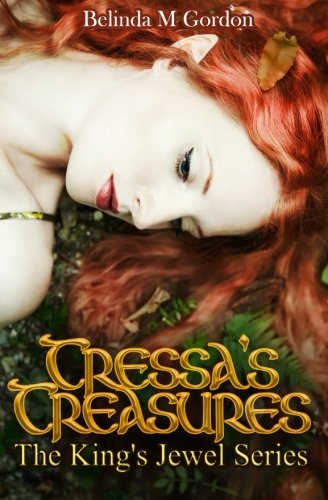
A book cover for Tressa's Treasures (The King's Jewel) (Volume 1); Belinda M Gordon; Romance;